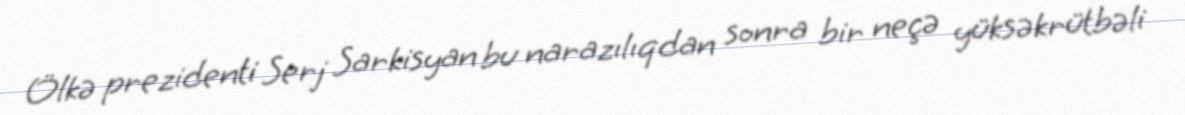
Ölkə prezidenti Serj Sarkisyan bu narazılıqdan sonra bir neçə yüksəkrütbəli